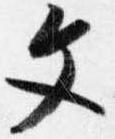
文